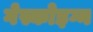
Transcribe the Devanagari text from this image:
गेस्कोइग्न